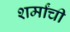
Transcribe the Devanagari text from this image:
शर्मांची